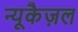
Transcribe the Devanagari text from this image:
न्यूकैज़ल